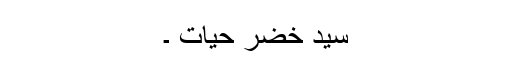
سید خضر حیات ۔